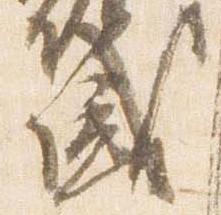
盛